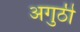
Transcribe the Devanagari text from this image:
अगुठी